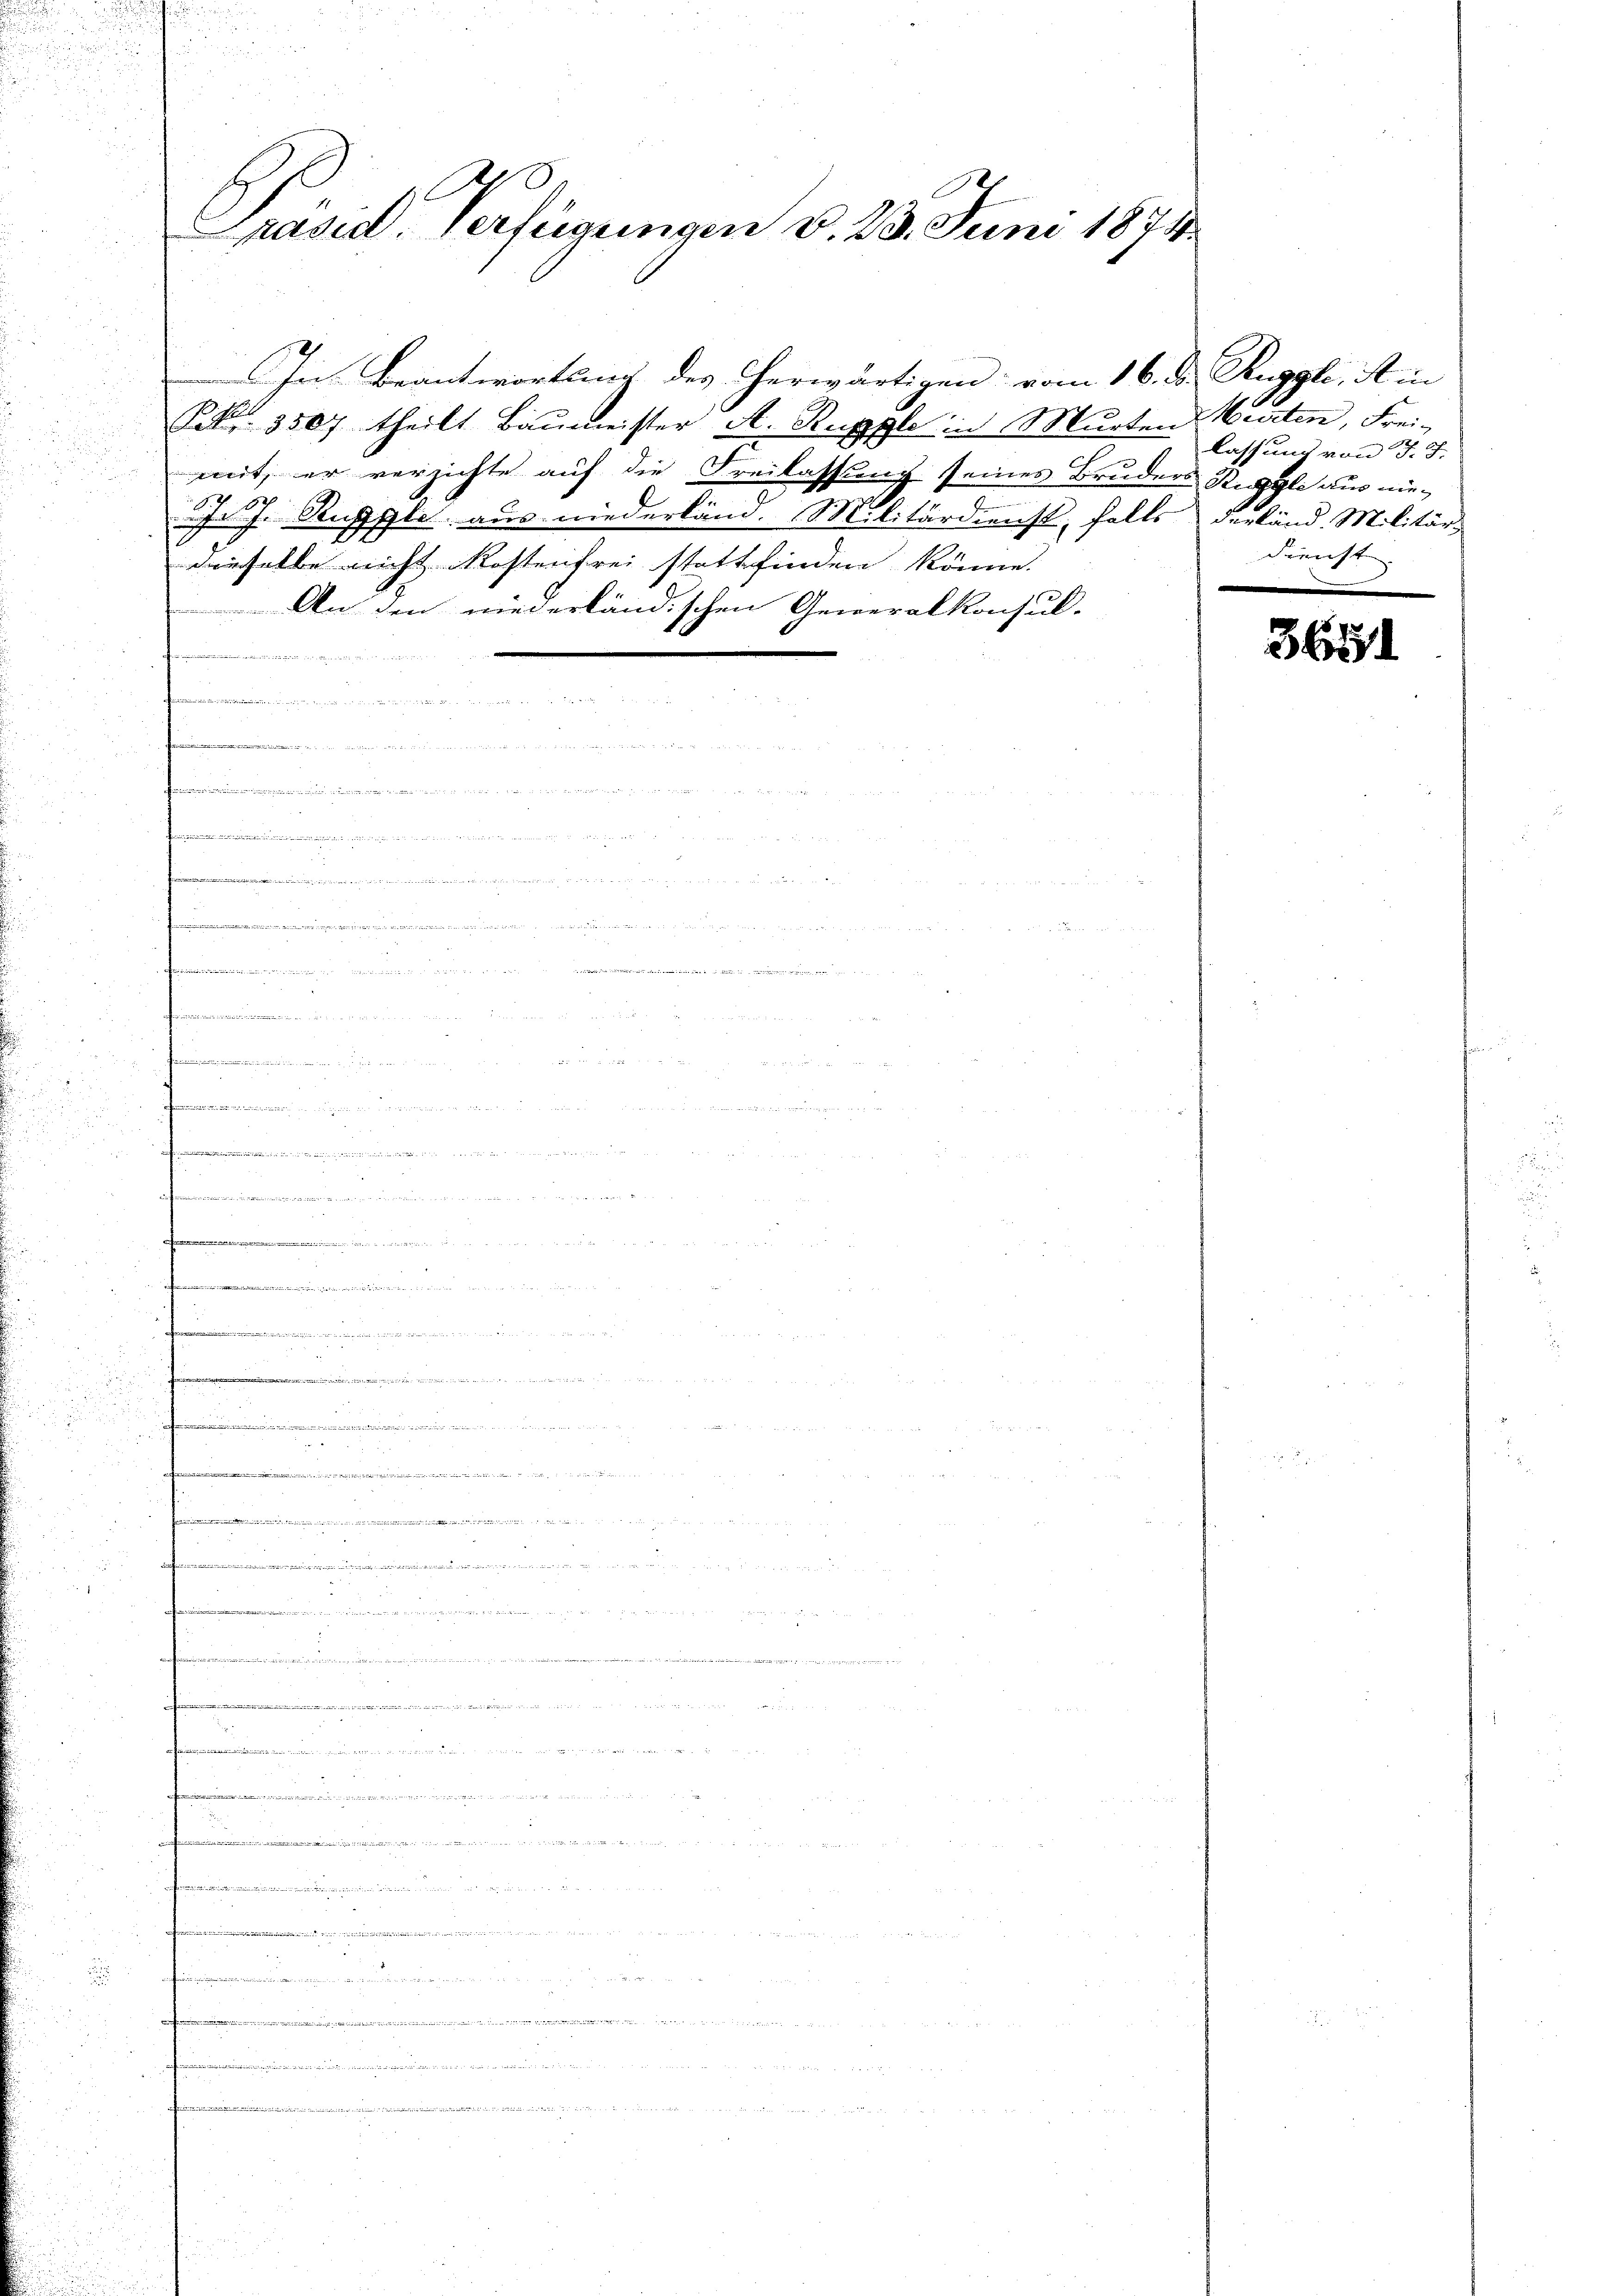
B
Präsid. Verfügungen v. 23. Juni 1874.

In Beantwortling des erwärtigen vom 16. ds. Ruggli, it in
P. Nr. 3507 theilt Baumeister A. Rupple in Murten Weiten, Frei¬
7
mit, er verzichte auf die Freilassung seines Bruders Rigle aus nie-
J. J. Rupple aus niederland. Militärdienst, falls derländ. Militär-
dieselbe nicht Kostenfrei stattfinden könne.
An den niederländischen Generalkonsul-

   nach um in der nette den am
 den welchen erst die meine mitten ist es in wegen denn in namen den
.

d
.
.Die Mietet und hier

.
.
in ich ein ein seinen einen einmahligen ein gegeeg einen eine
.
e
u

.
enden sie wegen
u

tenen

.

lassung von J. J.
derricht

365